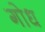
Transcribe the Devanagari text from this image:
गोध